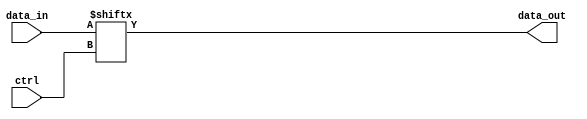
module mux_1024_1 (
    input [1023:0] data_in,
    input [9:0] ctrl,
    output reg data_out
);

always @* begin
    data_out = data_in[ctrl];
end

endmodule